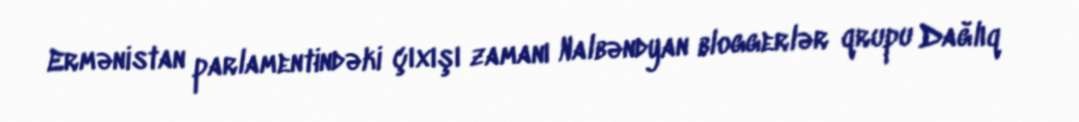
Ermənistan parlamentindəki çıxışı zamanı Nalbəndyan bloggerlər qrupu Dağlıq